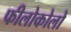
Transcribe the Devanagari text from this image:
फीलोकोलो